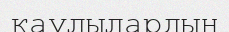
қаулылардың